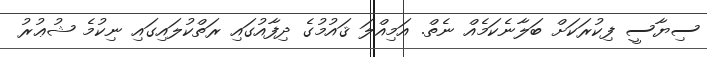
ސިޔާސީ ފިކުރަކަށް ބަލާނެކަމެއް ނެތް. އަމިއްލަ ޤައުމުގެ ދިފާއުގައި ރަތްކުލައިގައި ނިކުމެ ޝުޢުރު